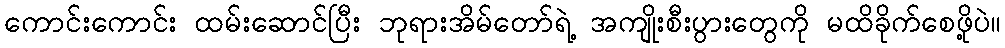
ကောင်းကောင်း ထမ်းဆောင်ပြီး ဘုရားအိမ်တော်ရဲ့ အကျိုးစီးပွားတွေကို မထိခိုက်စေဖို့ပဲ။